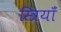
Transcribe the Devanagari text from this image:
स्त्रियाँं